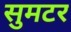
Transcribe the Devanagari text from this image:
सुमटर